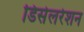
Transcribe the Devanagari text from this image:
डिसेलरेशन